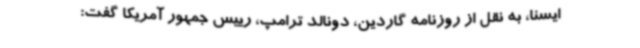
ایسنا، به نقل از روزنامه گاردین، دونالد ترامپ، رییس جمهور آمریکا گفت: